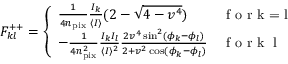
F _ { k l } ^ { + + } = \left\{ \begin{array} { l l } { \frac { 1 } { 4 n _ { \mathrm { p i x } } } \frac { I _ { k } } { \langle I \rangle } ( 2 - \sqrt { 4 - v ^ { 4 } } ) } & { \textrm { f o r k = l } } \\ { - \frac { 1 } { 4 n _ { \mathrm { p i x } } ^ { 2 } } \frac { I _ { k } I _ { l } } { \langle I \rangle ^ { 2 } } \frac { 2 v ^ { 4 } \sin ^ { 2 } ( \phi _ { k } - \phi _ { l } ) } { 2 + v ^ { 2 } \cos ( \phi _ { k } - \phi _ { l } ) } } & { \textrm { f o r k \neq l } } \end{array} \right.